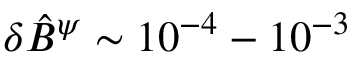
\delta \hat { B } ^ { \psi } \sim 1 0 ^ { - 4 } - 1 0 ^ { - 3 }